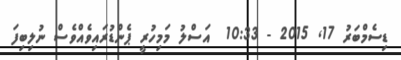
ޑިސެމްބަރު 17